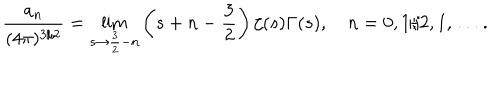
\frac { a _ { n } } { ( 4 \pi ) ^ { 3 / 2 } } = \lim _ { s \to \frac { 3 } { 2 } - n } \left( s + n - \frac { 3 } { 2 } \right) \zeta ( s ) \Gamma ( s ) , \quad n = 0 , 1 / 2 , 1 , \ldots \, { . }